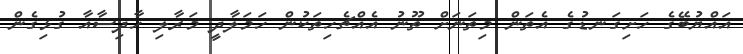
އައްޔުބޭގެ ހަށިގަނޑުގެ އެތަން މިތަނަށް ތޫނު އެއްޗެހިތަކުން ހަމަލާދީ މަރާލި ހާދިސާއާ ގުޅިގެން